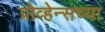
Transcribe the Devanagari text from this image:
प्रोव्हेन्सच्या